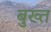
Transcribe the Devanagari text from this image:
बुख्त